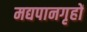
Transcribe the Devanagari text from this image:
मद्यपानगृहों